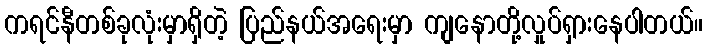
ကရင်နီတစ်ခုလုံးမှာရှိတဲ့ ပြည်နယ်အရေးမှာ ကျနောတို့လှုပ်ရှားနေပါတယ်။